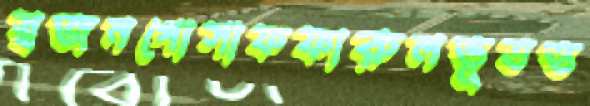
স্বজনগোসাফফারুলভূতত্ত